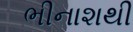
ભીનાશથી